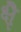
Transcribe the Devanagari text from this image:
क्षैृ